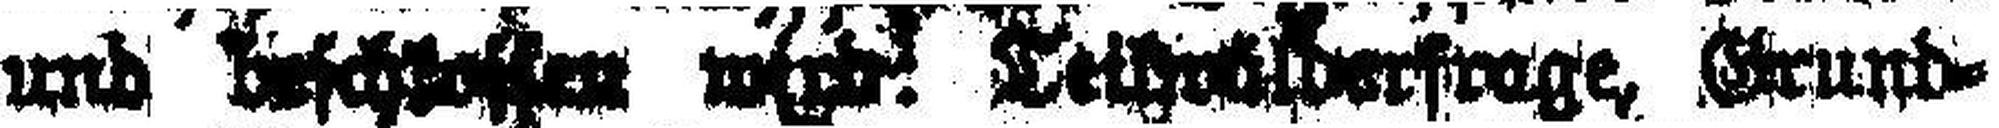
und ###. Tei###rage, Grund¬